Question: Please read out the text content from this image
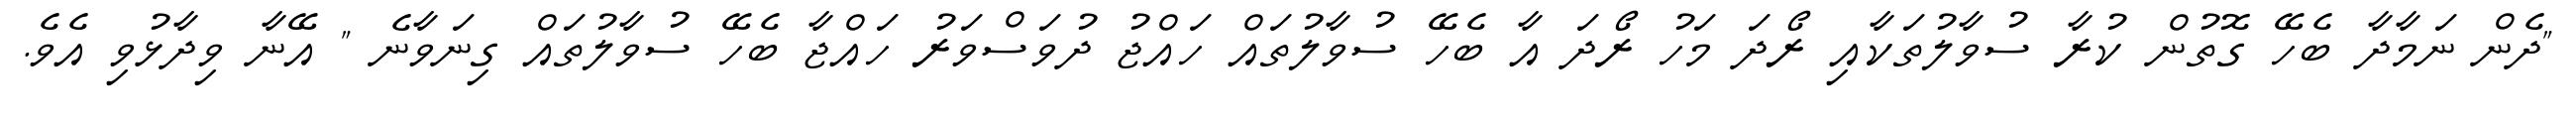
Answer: "ދެން ނަމާދާ ބެހޭ ގޮތުން ކުރާ ސުވާލުތަކާއި ރޯދަ މަހު ރޯދަ އާ ބެހޭ ސުވާލުތައް ހައްޖު ދުވަސްވަރު ހައްޖާ ބެހޭ ސުވާލުތައް ގިނަވާނެ " އޭނާ ވިދާޅުވި އެވެ.